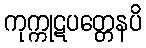
ကုက္ကုဋပတ္တေနပိ